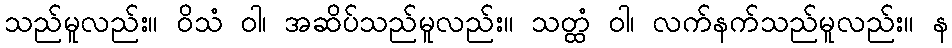
သည်မူလည်း။ ဝိသံ ဝါ၊ အဆိပ်သည်မူလည်း။ သတ္ထံ ဝါ၊ လက်နက်သည်မူလည်း။ န